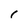
Character: r